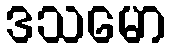
ဒသမော